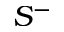
S ^ { - }